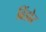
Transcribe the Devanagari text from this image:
ढिंडोर